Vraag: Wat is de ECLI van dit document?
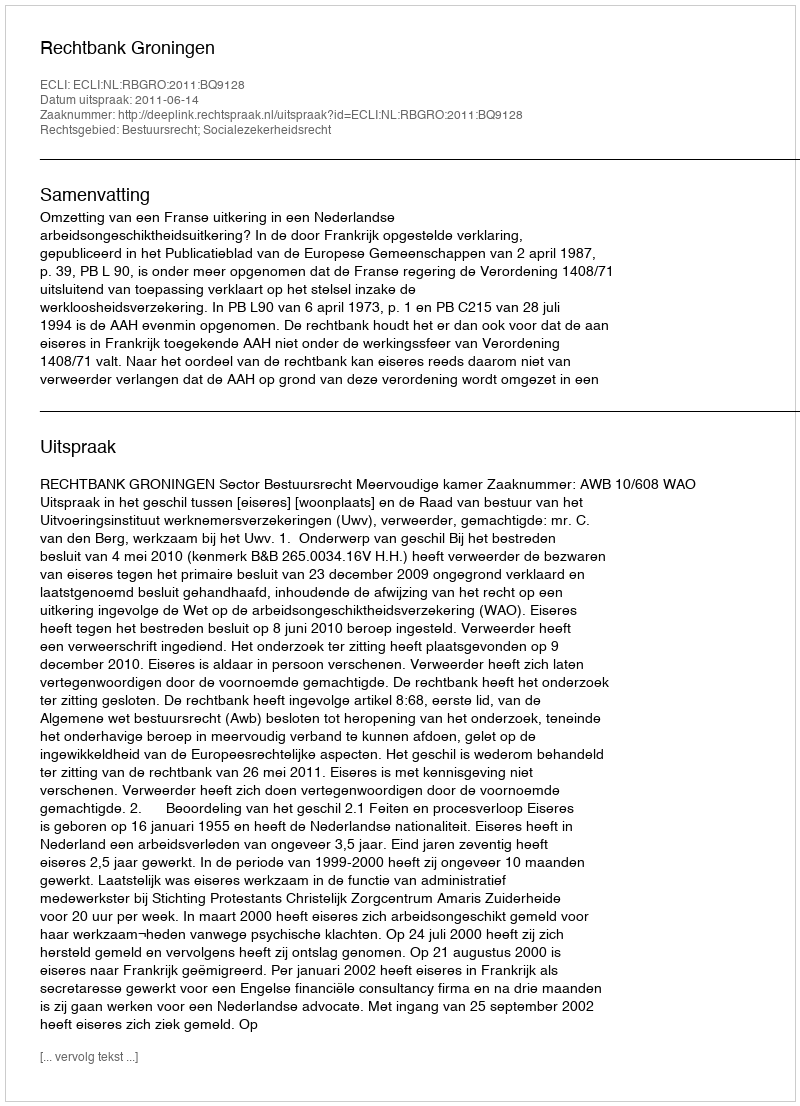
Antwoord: ECLI:NL:RBGRO:2011:BQ9128